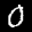
Label: 0